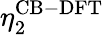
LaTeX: \eta_{2}^{\mathrm{CB-DFT}}